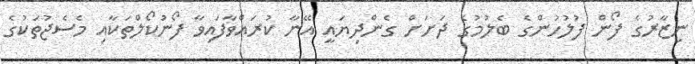
ނިޒާރުގެ ފޯން ފުލުހުންގެ ބެލުމުގެ ދަށަށް ގެންދިޔައީ އޭނާ ކުރައްވާފައިވާ ފޯނުކޯލްތަކާއި މެސެޖުތަކުގެ